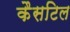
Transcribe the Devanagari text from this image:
कैसटिल